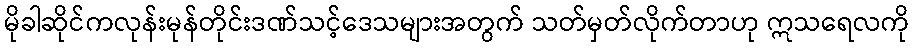
မိုခါဆိုင်ကလုန်းမုန်တိုင်းဒဏ်သင့်ဒေသများအတွက် သတ်မှတ်လိုက်တာဟု ဣသရေလကို